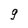
Character: 9